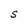
Character: S